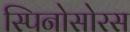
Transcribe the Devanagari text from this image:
स्‍पिनोसोरस